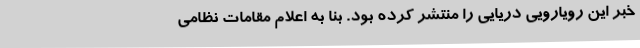
خبر این رویارویی دریایی را منتشر کرده بود. بنا به اعلام مقامات نظامی